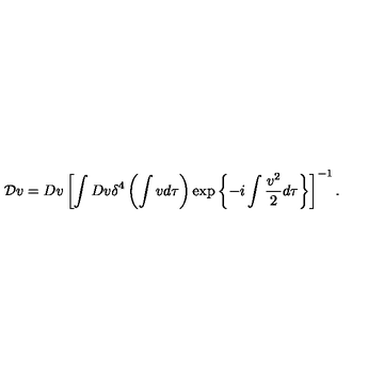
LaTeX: { \cal D } v = D v \left[ \int D v \delta ^ { 4 } \left( \int v d \tau \right) \exp \left\{ - i \int \frac { v ^ { 2 } } { 2 } d \tau \right\} \right] ^ { - 1 } .